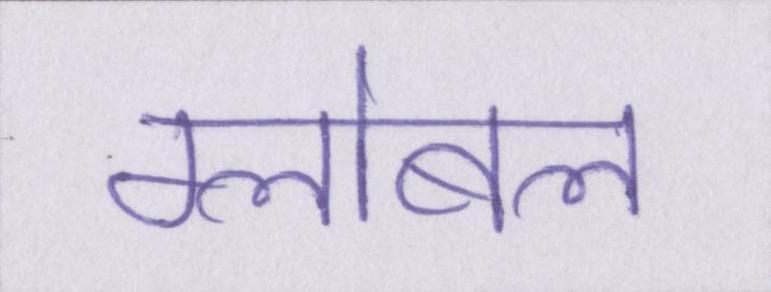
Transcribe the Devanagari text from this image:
ग्लोबल